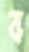
ব